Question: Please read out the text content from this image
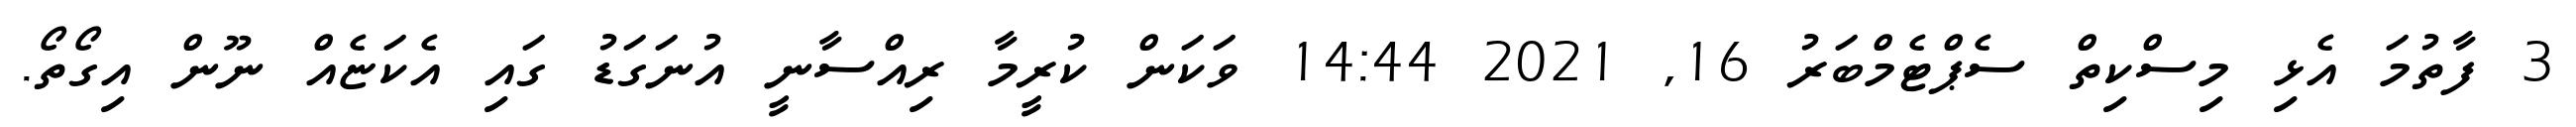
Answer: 3 ފާތުމަ އެޅި މިސްކިތް ސެޕްޓެމްބަރު 16, 2021 14:44 ވަކަން ކުރީމާ ރިއްސާނީ އުނަގަޑު ގައި އެކަޏެއް ނޫން އިގޯތޯ.